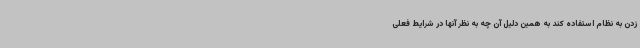
زدن به نظام استفاده کند به همین دلیل آن چه به نظر آنها در شرایط فعلی